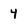
Character: 4